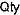
QTY